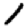
Digit: 1